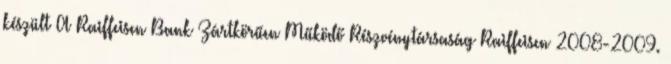
készült A Raiffeisen Bank Zártkörűen Működő Részvénytársaság Raiffeisen 2008-2009.